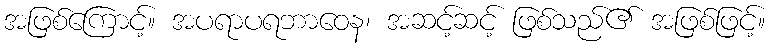
အဖြစ်ကြောင့်။ အပရာပရဘာဝေန၊ အဆင့်ဆင့် ဖြစ်သည်၏ အဖြစ်ဖြင့်။